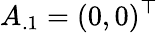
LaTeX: A_{.1}=(0,0)^{\top}